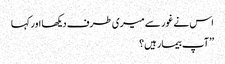
اس نے غور سے میری طرف دیکھا اور کہا
’’آپ بیمار ہیں؟